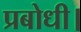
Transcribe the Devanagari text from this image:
प्रबोधी।